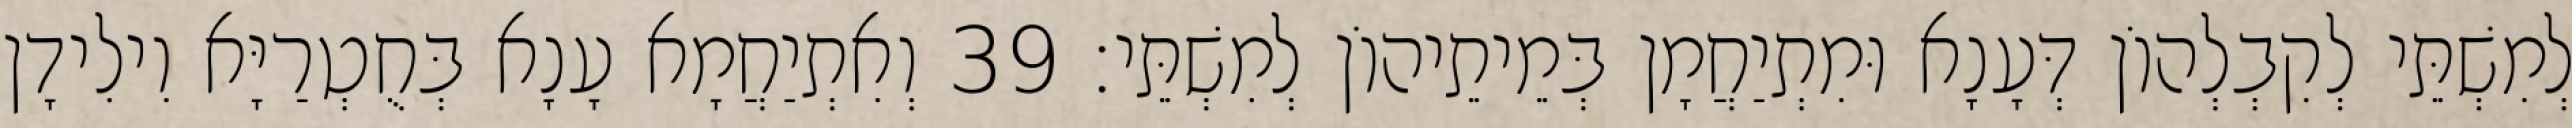
לְמִשְׁתֵּי לְקִבְלְהוֹן דְּעָנָא וּמִתְיַחֲמָן בְּמֵיתֵיהוֹן לְמִשְׁתֵּי׃ 39 וְאִתְיַחֲמָא עָנָא בְּחֻטְרַיָּא וִילִידָן